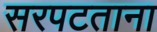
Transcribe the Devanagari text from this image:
सरपटताना